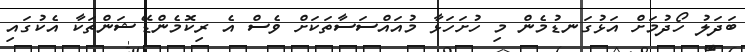
ބަދަލު ހޯދުމަށް އަޅުގަނޑުމެން މި ހުށަހަޅާ މުއައްސަސާތަކަށް ވެސް އެ ރިކޮމެންޑޭޝަންތަކާ އެކުގައި